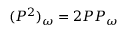
( P ^ { 2 } ) _ { \omega } = 2 P P _ { \omega }